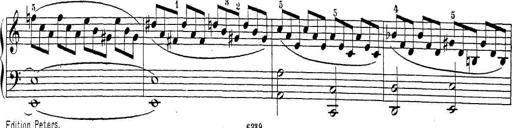
Title: Sonatina Album
Composer: Louis KÃ¶hler